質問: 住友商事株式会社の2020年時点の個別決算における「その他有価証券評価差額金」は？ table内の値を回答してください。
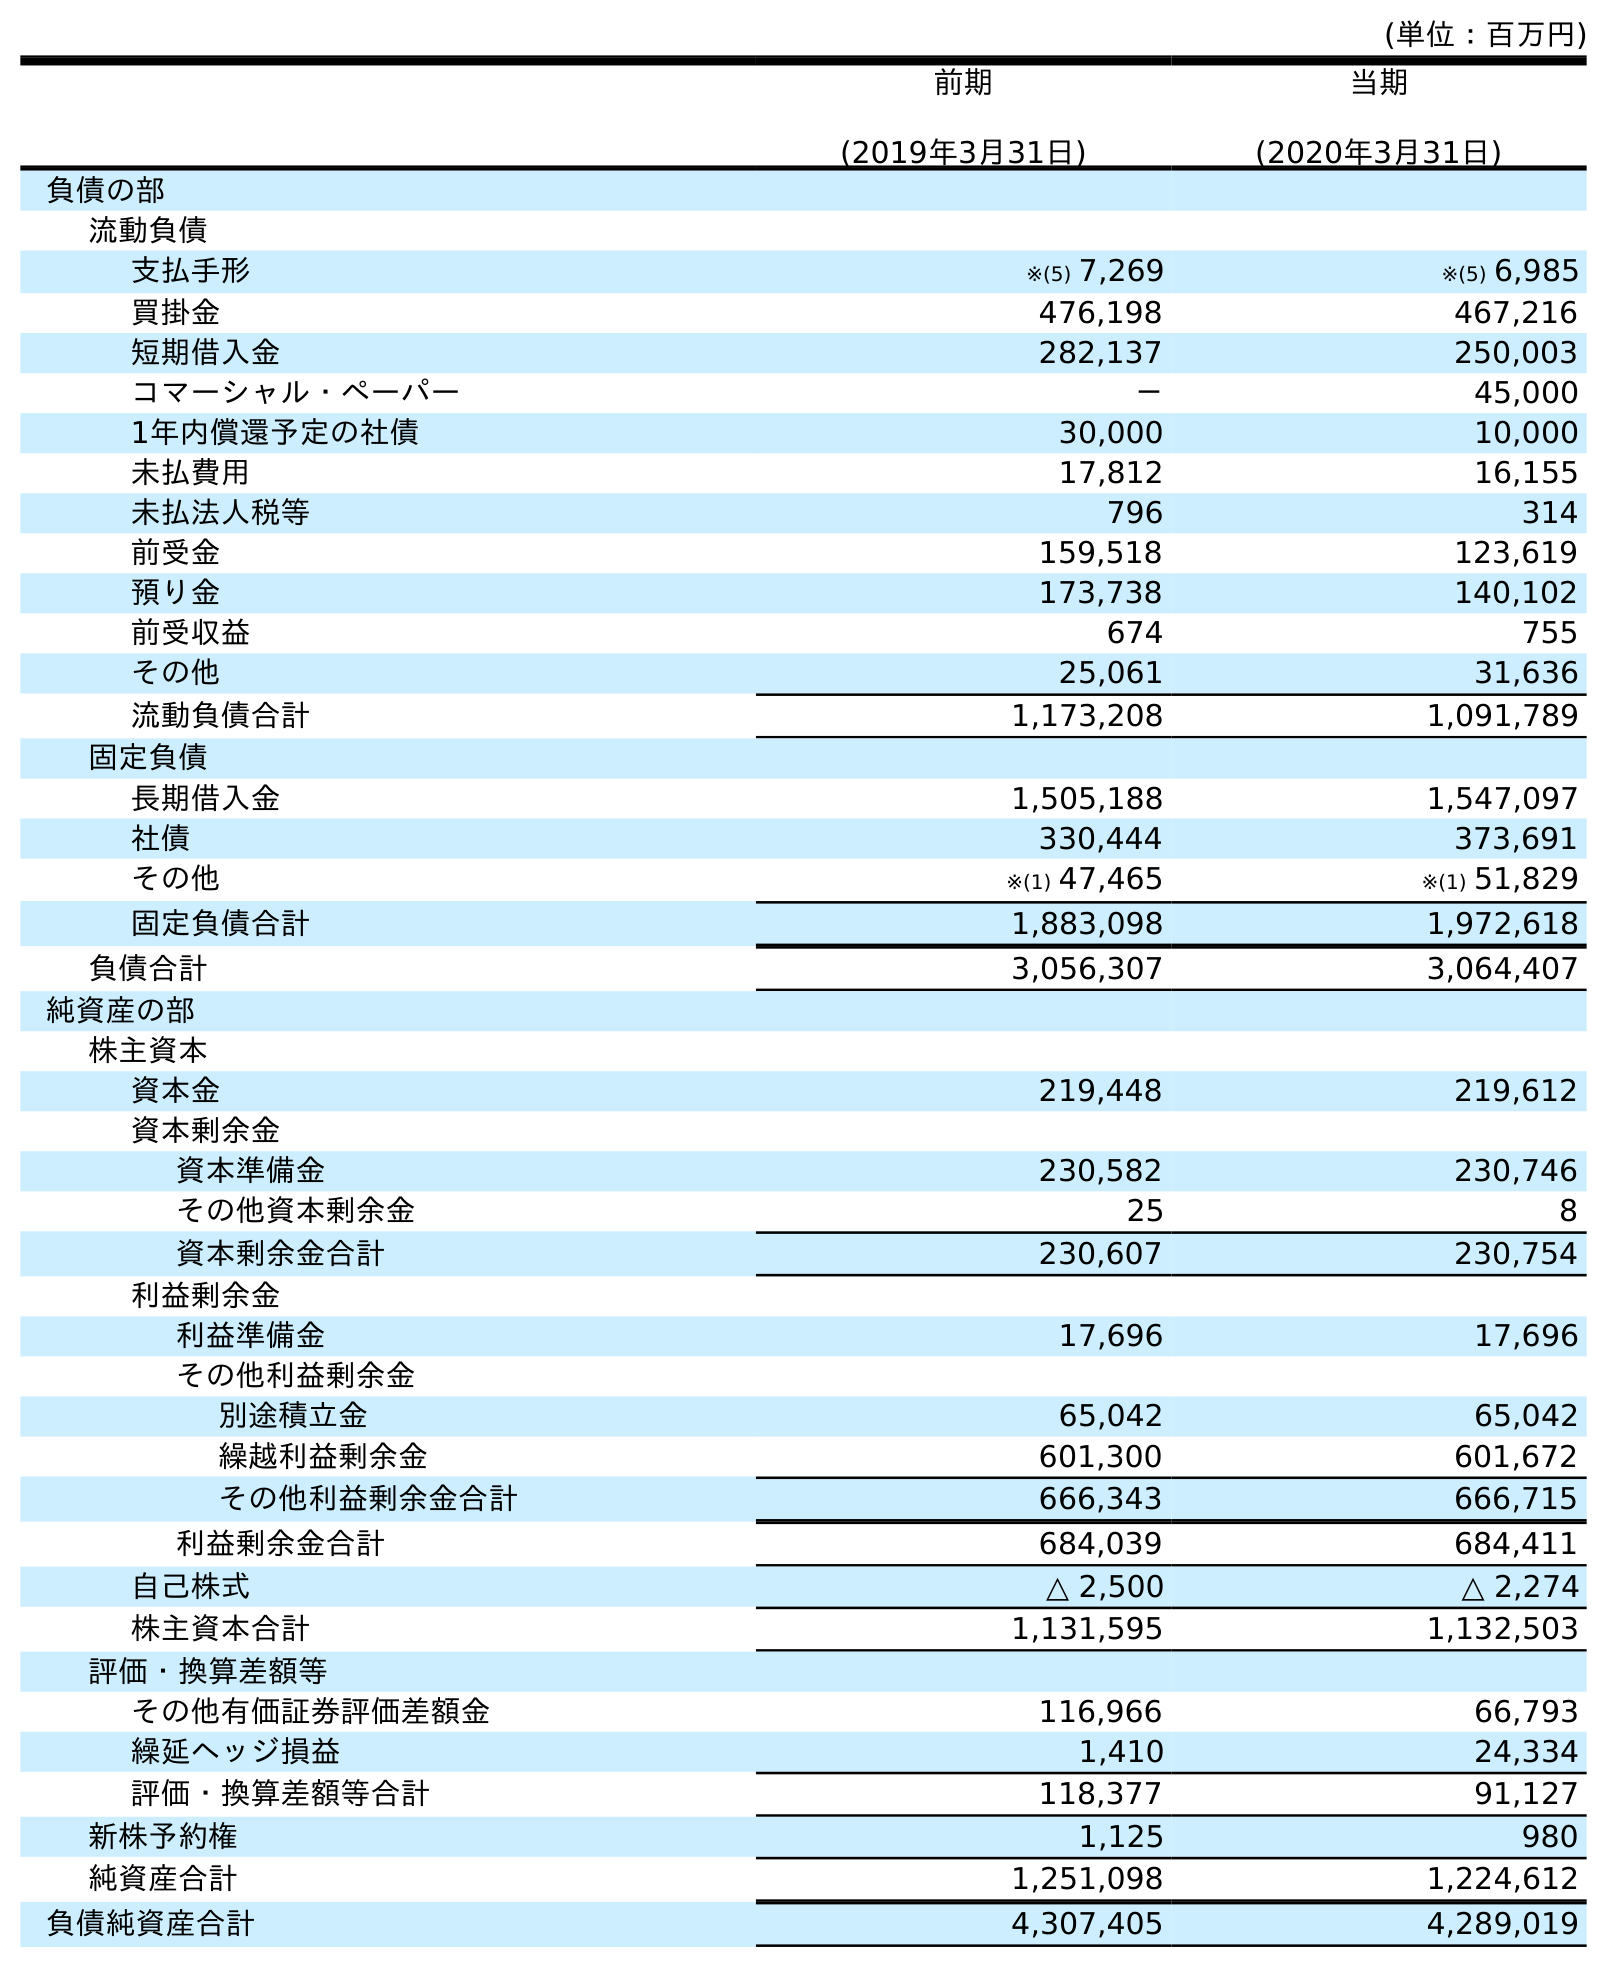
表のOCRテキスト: (単位：百万円) 前期 (2019年3月31日) 当期 (2020年3月31日) 負債の部 流動負債 支払手形 ※(5) 7,269 ※(5) 6,985 買掛金 476,198 467,216 短期借入金 282,137 250,003 コマーシャル・ペーパー － 45,000 1年内償還予定の社債 30,000 10,000 未払費用 17,812 16,155 未払法人税等 796 314 前受金 159,518 123,619 預り金 173,738 140,102 前受収益 674 755 その他 25,061 31,636 流動負債合計 1,173,208 1,091,789 固定負債 長期借入金 1,505,188 1,547,097 社債 330,444 373,691 その他 ※(1) 47,465 ※(1) 51,829 固定負債合計 1,883,098 1,972,618 負債合計 3,056,307 3,064,407 純資産の部 株主資本 資本金 219,448 219,612 資本剰余金 資本準備金 230,582 230,746 その他資本剰余金 25 8 資本剰余金合計 230,607 230,754 利益剰余金 利益準備金 17,696 17,696 その他利益剰余金 別途積立金 65,042 65,042 繰越利益剰余金 601,300 601,672 その他利益剰余金合計 666,343 666,715 利益剰余金合計 684,039 684,411 自己株式 △ 2,500 △ 2,274 株主資本合計 1,131,595 1,132,503 評価・換算差額等 その他有価証券評価差額金 116,966 66,793 繰延ヘッジ損益 1,410 24,334 評価・換算差額等合計 118,377 91,127 新株予約権 1,125 980 純資産合計 1,251,098 1,224,612 負債純資産合計 4,307,405 4,289,019
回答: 66,793